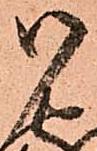
御